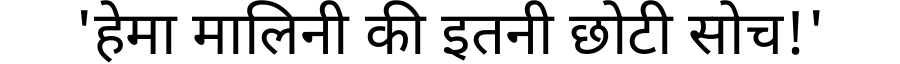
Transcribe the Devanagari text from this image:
'हेमा मालिनी की इतनी छोटी सोच!'